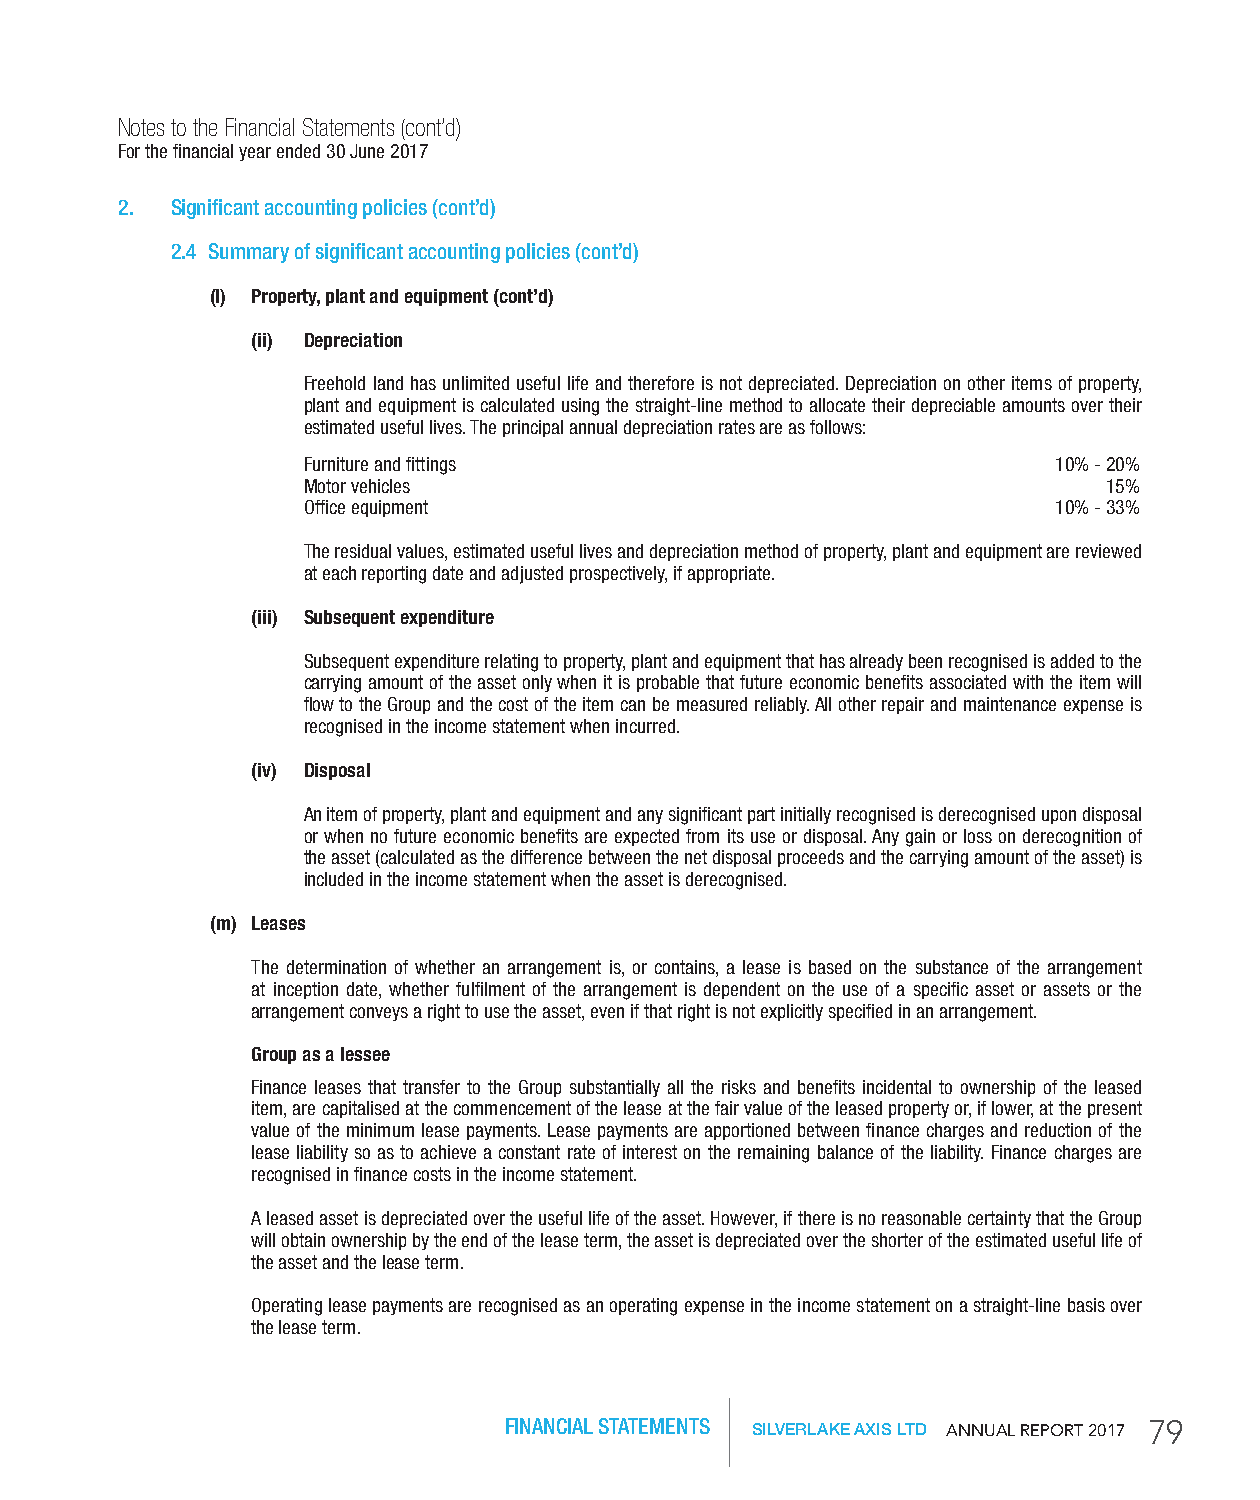
Notes to the Financial Statements (cont’d)
 For the financial year ended 30 June 2017
 2. Significant accounting policies (cont’d)
 2.4 Summary of significant accounting policies (cont’d)
 (l) Property, plant and equipment (cont’d)
 (ii) Depreciation
 Freehold land has unlimited useful life and therefore is not depreciated. Depreciation on other items of property,
 plant and equipment is calculated using the straight-line method to allocate their depreciable amounts over their
 estimated useful lives. The principal annual depreciation rates are as follows:
 Furniture and fittings                            10% - 20%
 Motor vehicles                                       15%
 Office equipment                                  10% - 33%
 The residual values, estimated useful lives and depreciation method of property, plant and equipment are reviewed
 at each reporting date and adjusted prospectively, if appropriate.
 (iii) Subsequent expenditure
 Subsequent expenditure relating to property, plant and equipment that has already been recognised is added to the
 carrying amount of the asset only when it is probable that future economic benefits associated with the item will
 flow to the Group and the cost of the item can be measured reliably. All other repair and maintenance expense is
 recognised in the income statement when incurred.
 (iv) Disposal
 An item of property, plant and equipment and any significant part initially recognised is derecognised upon disposal
 or when no future economic benefits are expected from its use or disposal. Any gain or loss on derecognition of
 the asset (calculated as the difference between the net disposal proceeds and the carrying amount of the asset) is
 included in the income statement when the asset is derecognised.
 (m) Leases
 The determination of whether an arrangement is, or contains, a lease is based on the substance of the arrangement
 at inception date, whether fulfilment of the arrangement is dependent on the use of a specific asset or assets or the
 arrangement conveys a right to use the asset, even if that right is not explicitly specified in an arrangement.
 Group as a lessee
 Finance leases that transfer to the Group substantially all the risks and benefits incidental to ownership of the leased
 item, are capitalised at the commencement of the lease at the fair value of the leased property or, if lower, at the present
 value of the minimum lease payments. Lease payments are apportioned between finance charges and reduction of the
 lease liability so as to achieve a constant rate of interest on the remaining balance of the liability. Finance charges are
 recognised in finance costs in the income statement.
 A leased asset is depreciated over the useful life of the asset. However, if there is no reasonable certainty that the Group
 will obtain ownership by the end of the lease term, the asset is depreciated over the shorter of the estimated useful life of
 the asset and the lease term.
 Operating lease payments are recognised as an operating expense in the income statement on a straight-line basis over
 the lease term.
 FINANCIAL STATEMENTS SILVERLAKE AXIS LTD AnnuAl RepoRt 2017 79